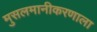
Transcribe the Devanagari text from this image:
मुसलमानीकरणाला